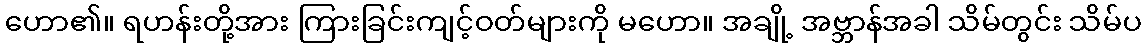
ဟော၏။ ရဟန်းတို့အား ကြားခြင်းကျင့်ဝတ်များကို မဟော။ အချို့ အဗ္ဘာန်အခါ သိမ်တွင်း သိမ်ပ